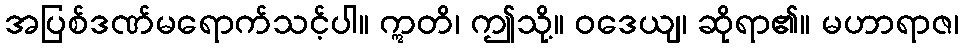
အပြစ်ဒဏ်မရောက်သင့်ပါ။ ဣတိ၊ ဤသို့။ ဝဒေယျ၊ ဆိုရာ၏။ မဟာရာဇ၊